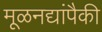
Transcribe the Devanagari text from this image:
मूळनद्यांपैकी